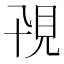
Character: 𧠍